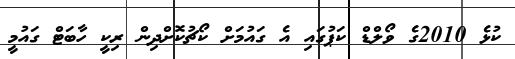
ކުޅެ 2010ގެ ވޯލްޑް ކަޕުގައި އެ ގައުމަށް ކޯޗުކޮށްދިން ރިކީ ހާބަޓް ގައުމީ